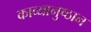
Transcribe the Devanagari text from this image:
काव्यानुष्ठान